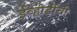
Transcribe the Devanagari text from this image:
ईव्हीडीची